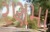
રણમા